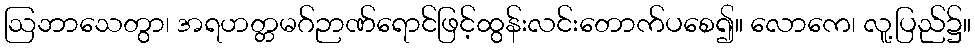
ဩဘာသေတွာ၊ အရဟတ္တမဂ်ဉာဏ်ရောင်ဖြင့်ထွန်းလင်းတောက်ပစေ၍။ လောကေ၊ လူ့ပြည်၌။